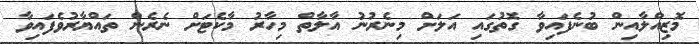
މޮޒިއްލާއިން ބުނެފައިވާ ގޮތުގައި އަލަށް މިނެރުނު އާލާތް މިހާރު މާކެޓަށް ނެރެން ތައްޔާރުވެފައިވާ